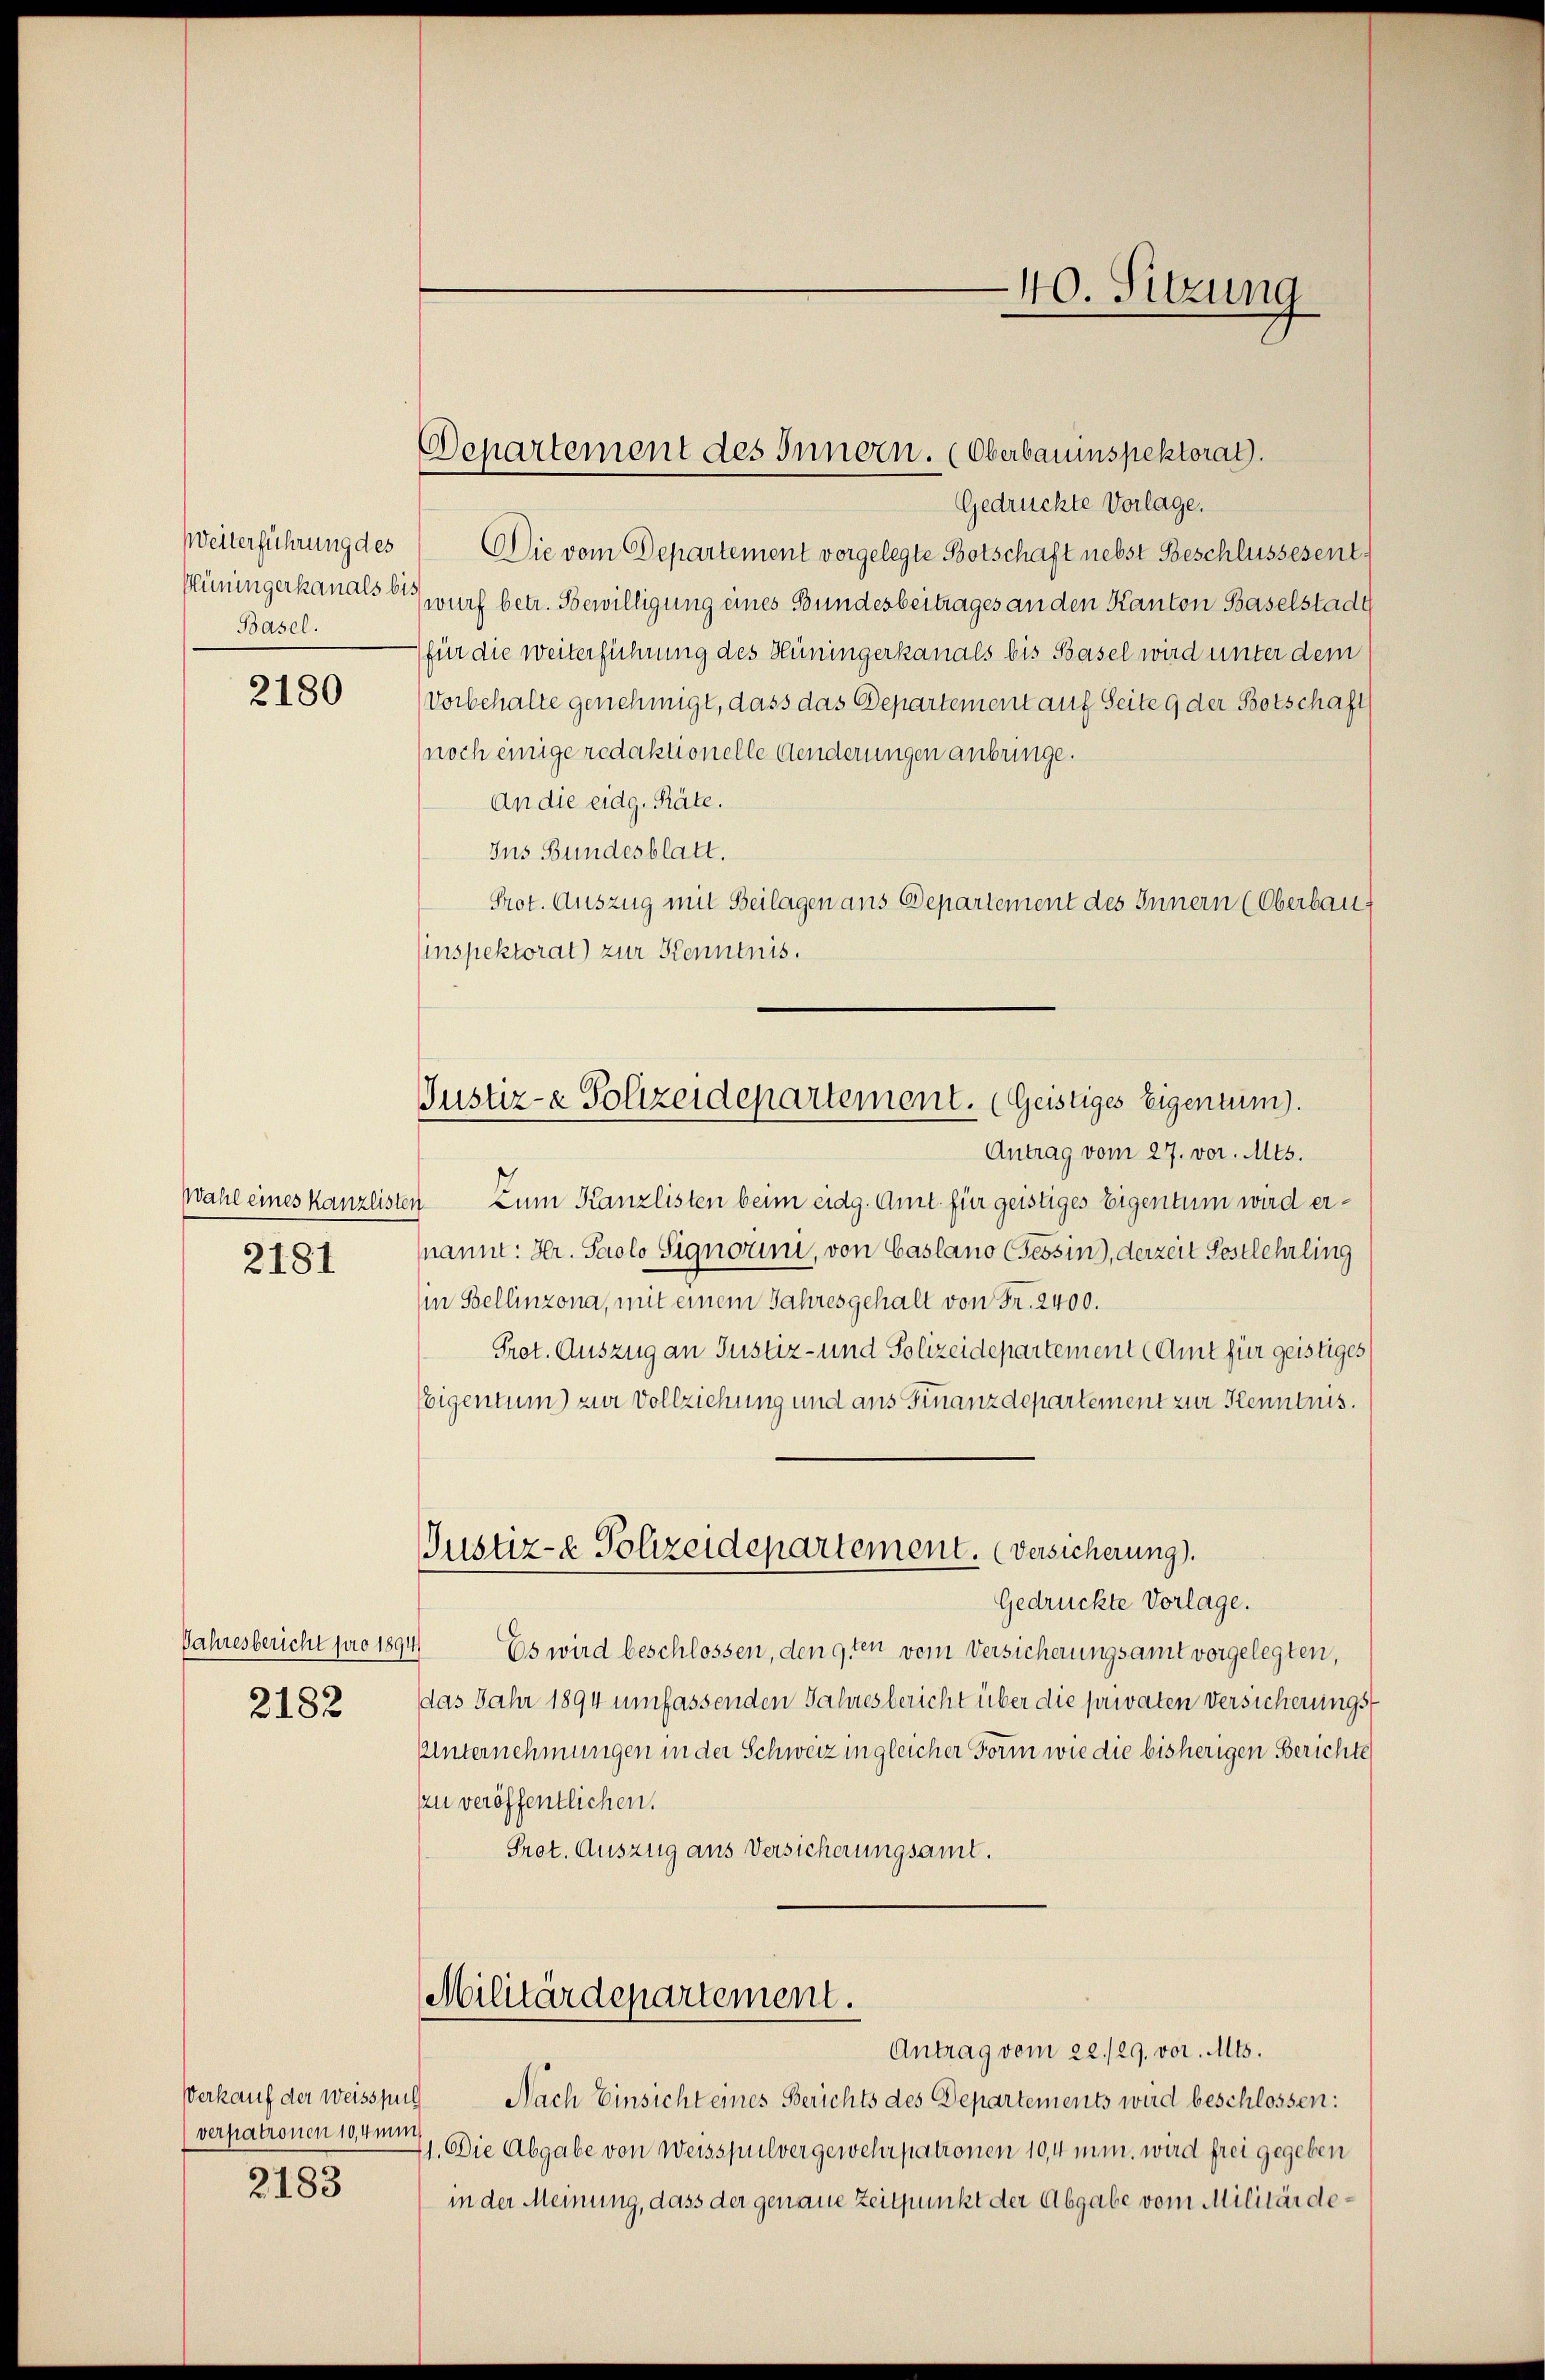
Weiterführung des
Plüningerkanals bi
Basel.

2180

2181

Jahresbericht pro 1894
2182

Verkauf der Weisspul
verpatronen 104 ni
2183

Departement des Innern. (Oberbauinspektorat.

Justiz- & Polizeidepartement. (Geistiges Eigentum).

Gedrückte Vorlage.
Die vom Departement vorgelegte Botschaft nebst Beschlussesent
wurf betr. Bewilligung eines Bundesbeitrages an den Kanton Baselstadt
für die weiterführung des Hüningerkanals bis Basel wird unter dem
Vorbehalte genehmigt, dass das Departement auf Seite 9 der Botschaft
noch einige redaktionelle Aenderungen anbringe.
An die eidg. Räte.
Ins Bundesblatt.
Prot. Auszug mit Beilagen ans Departement des Innern (Oberbau
Einspektorat) zur Kenntnis.
Antrag vom 27. vor. Mts.
Wahl eines Kanzlisten Zum Kanzlisten beim eidg. Amt für geistiges Eigentum wird ernannt: Hr. Paolo Signorini, von Caslano (sessin), derzeit Postlehrling
in Bellinzona, mit einem Jahresgehalt von Fr. 2400.
Prot. Auszug an Justiz- und Polizeidepartement (Amt für geistiges
Ebigentum) zur Vollziehung und aus Finanzdepartement zur Kenntnis.
Justiz- & Polizeidepartement. (Versicherung.
Gedrückte Vorlage.
Es wird beschlossen, den 9ten vom Versicherungsamt vorgelegten,
das Jahr 1894 umfassenden Jahresbericht über die privaten Versicherungs¬
Unternehmungen in der Schweiz in gleicher Form wie die bisherigen Berichte
zu veröffentlichen.
Prot. Auszug aus Versicherungsamt.

Militärdepartement.

Antrag vom 22./29. vor. Mts.
Nach Einsicht eines Berichts des Departements wird beschlossen:
11. Die Abgabe von Weisspulvergewehrpatronen 104 min. wird frei gegeben
in der Meinung, dass der genaue Zeitpunkt der Abgabe vom Militärde¬

40. Sitzung